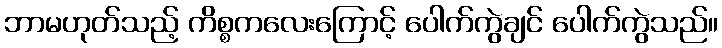
ဘာမဟုတ်သည့် ကိစ္စကလေးကြောင့် ပေါက်ကွဲချင် ပေါက်ကွဲသည်။